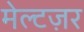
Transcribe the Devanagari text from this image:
मेल्टज़र